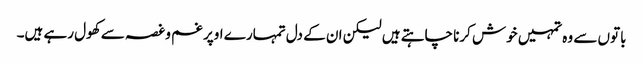
باتوں سے وہ تمہیں خوش کرنا چاہتے ہیں لیکن ان کے دل تمہارے اوپر غم و غصہ سے کھول رہے ہیں۔